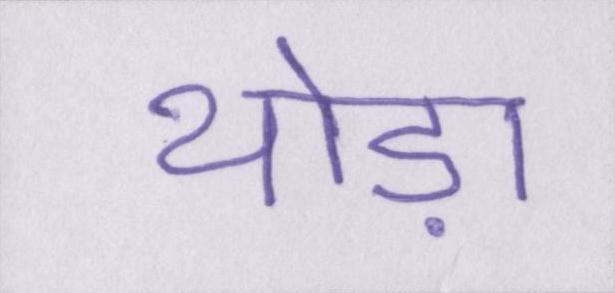
थोड़ा